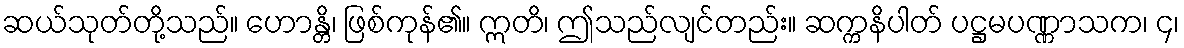
ဆယ်သုတ်တို့သည်။ ဟောန္တိ၊ ဖြစ်ကုန်၏။ ဣတိ၊ ဤသည်လျင်တည်း။ ဆက္ကနိပါတ် ပဋ္ဌမပဏ္ဏာသက၊ ၄၊